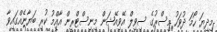
މިދިޔަ ހޯމަ ދުވަހު މިސްރުގެ ސިވިލް އޭވިއޭޝަން މިނިސްޓްރީން އާއްމު ކުރި ބަޔާނެއްގައިވާ